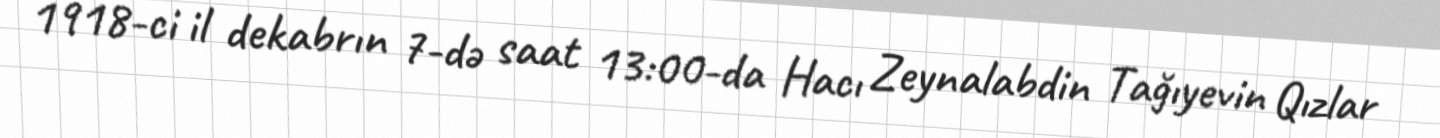
1918-ci il dekabrın 7-də saat 13:00-da Hacı Zeynalabdin Tağıyevin Qızlar